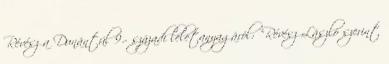
Révész a Dunántúl 9.- századi leletanyagáról: "Révész László szerint